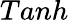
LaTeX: Tanh